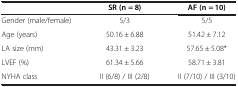
<table><thead><tr><td><b> </b></td><td><b>SR (n = 8)</b></td><td><b>AF (n = 10)</b></td></tr></thead><tbody><tr><td>Gender (male/female)</td><td>5/3</td><td>5/5</td></tr><tr><td>Age (years)</td><td>50.16 ± 6.88</td><td>51.42 ± 7.12</td></tr><tr><td>LA size (mm)</td><td>43.31 ± 3.23</td><td>57.65 ± 5.08*</td></tr><tr><td>LVEF (%)</td><td>61.34 ± 5.66</td><td>58.71 ± 3.81</td></tr><tr><td>NYHA class</td><td>II (6/8) / III (2/8)</td><td>II (7/10) / III (3/10)</td></tr></tbody></table>